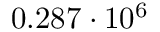
0 . 2 8 7 \cdot 1 0 ^ { 6 }